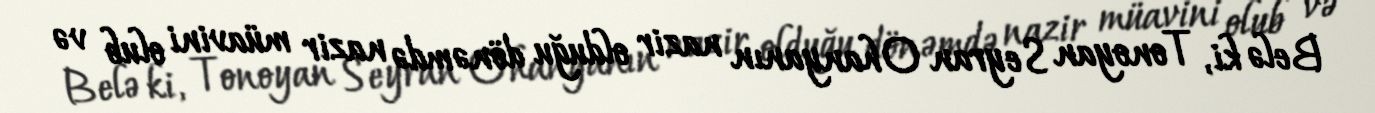
Belə ki, Tonoyan Seyran Ohanyanın nazir olduğu dönəmdə nazir müavini olub və